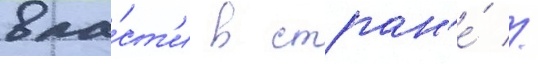
вла́ст'и в стран'е́ //